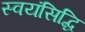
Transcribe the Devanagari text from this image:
स्वयंसिद्धि